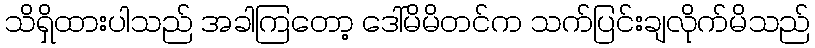
သိရှိထားပါသည် အခါကြတော့ ဒေါ်မိမိတင်က သက်ပြင်းချလိုက်မိသည်